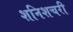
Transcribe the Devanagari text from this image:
शनिशचरी